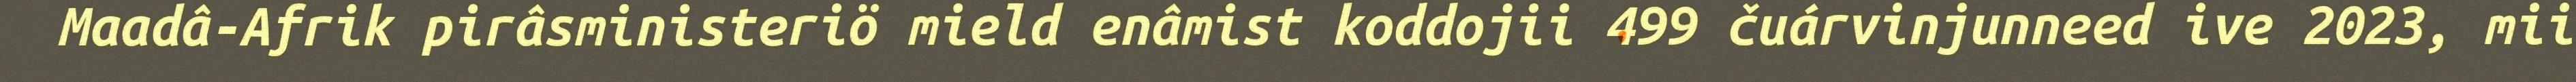
Maadâ-Afrik pirâsministeriö mield enâmist koddojii 499 čuárvinjunneed ive 2023, mii